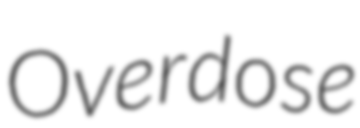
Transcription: Overdose